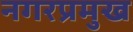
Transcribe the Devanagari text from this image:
नगरप्रमुख